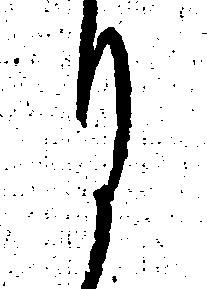
ひ